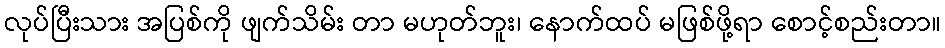
လုပ်ပြီးသား အပြစ်ကို ဖျက်သိမ်း တာ မဟုတ်ဘူး၊ နောက်ထပ် မဖြစ်ဖို့ရာ စောင့်စည်းတာ။